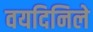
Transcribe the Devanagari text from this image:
वयदिनिले